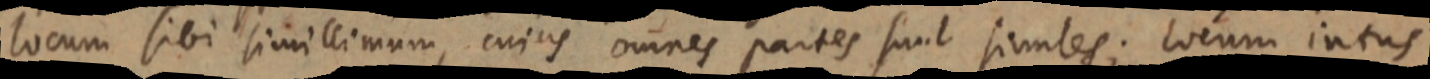
locum sibi simillimum, cujus omnes partes sunt similes; locum intus